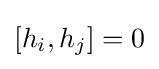
[h_{i},h_{j}]=0